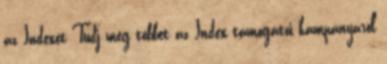
az Indexet Tudj meg többet az Index támogatói kampányáról